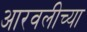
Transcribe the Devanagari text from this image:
आरवलीच्या